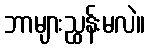
ဘာများညွှန်းမလဲ။